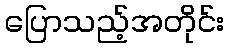
ပြောသည့်အတိုင်း